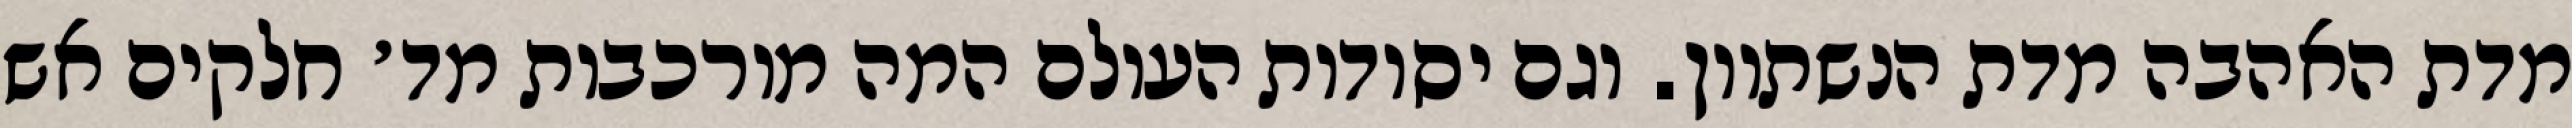
מדת האהבה מדת הנשתוון. וגם יסודות העולם המה מורכבות מד׳ חלקים אש